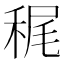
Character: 䅏